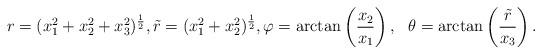
LaTeX: \begin{gather*} r=(x^2_1+x_2^2+x_3^2)^\frac12, \tilde r=(x^2_1+x_2^2)^\frac12,\varphi=\arctan\left(\frac{x_2}{x_1}\right), \ \ \theta=\arctan\left(\frac{\tilde r}{x_3}\right).\end{gather*}